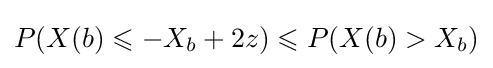
P(X(b)\leqslant -X_{b}+2z)\leqslant P(X(b)>X_{b})